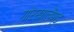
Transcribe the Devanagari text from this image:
गोरखालैण्ड